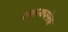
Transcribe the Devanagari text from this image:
स्वास्थयसेवा